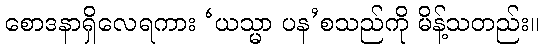
စောဒနာရှိလေရကား ‘ယသ္မာ ပန’စသည်ကို မိန့်သတည်း။